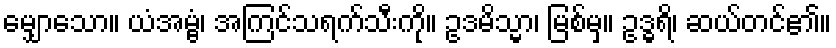
မျှောသော။ ယံအမ္ဗံ၊ အကြင်သရက်သီးကို။ ဥဒမိသ္မာ၊ မြစ်မှ။ ဥဒ္ဓရိ၊ ဆယ်တင်၏။